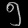
Digit: ၅